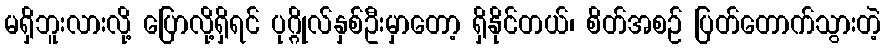
မရှိဘူးလားလို့ ပြောလို့ရှိရင် ပုဂ္ဂိုလ်နှစ်ဦးမှာတော့ ရှိနိုင်တယ်၊ စိတ်အစဉ် ပြတ်တောက်သွားတဲ့